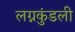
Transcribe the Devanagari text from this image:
लग्नकुंडली